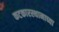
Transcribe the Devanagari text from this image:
कटकारस्थानाच्या